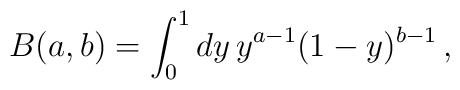
B(a,b) = \int_0^1 dy\, y^{a-1}(1-y)^{b-1}\, ,